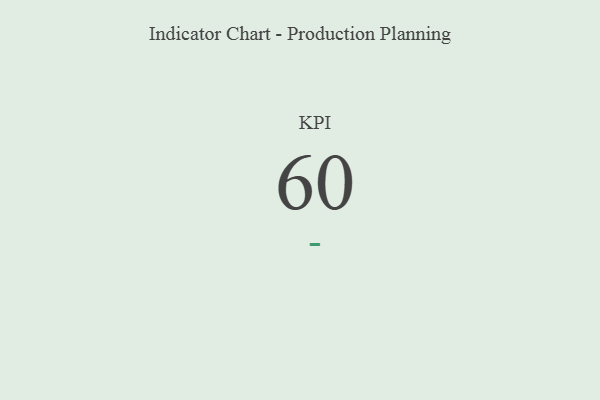
{"axis": {"x": "KPI", "y": "Value"}, "legend": [""], "data": [{"x": "KPI", "y": 60, "type": ""}]}